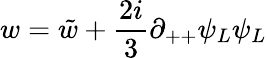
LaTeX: w=\tilde{w}+{\frac{2i}{3}}\partial_{++}\psi_{L}\psi_{L}